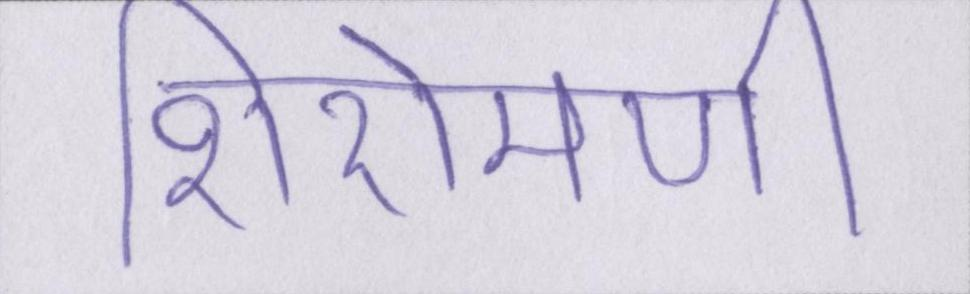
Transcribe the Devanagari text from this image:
शिरोमणी